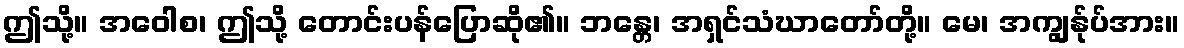
ဤသို့။ အဝေါစ၊ ဤသို့ တောင်းပန်ပြောဆို၏။ ဘန္တေ၊ အရှင်သံဃာတော်တို့။ မေ၊ အကျွန်ုပ်အား။